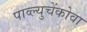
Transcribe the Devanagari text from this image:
पाव्ल्युचेंकोवा